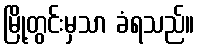
မြို့တွင်းမှသာ ခံရသည်။